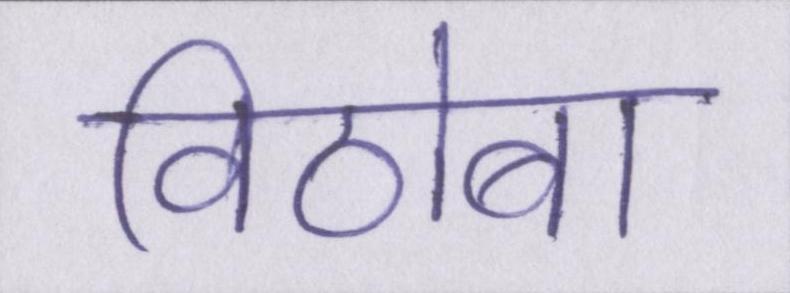
विठोबा